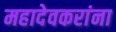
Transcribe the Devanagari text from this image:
महादेवकरांना